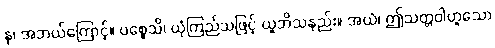
နု၊ အဘယ်ကြောင့်။ ပစ္စေသိ၊ ယုံကြည်သဖြင့် ယူဘိသနည်း။ အယံ၊ ဤသတ္တဝါဟူသော